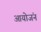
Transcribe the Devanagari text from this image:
आयोजंन